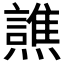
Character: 𰟳